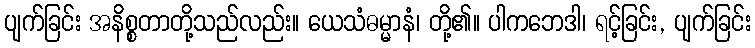
ပျက်ခြင်း အနိစ္စတာတို့သည်လည်း။ ယေသံဓမ္မာနံ၊ တို့၏။ ပါကဘေဒါ၊ ရင့်ခြင်း, ပျက်ခြင်း